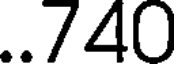
..740